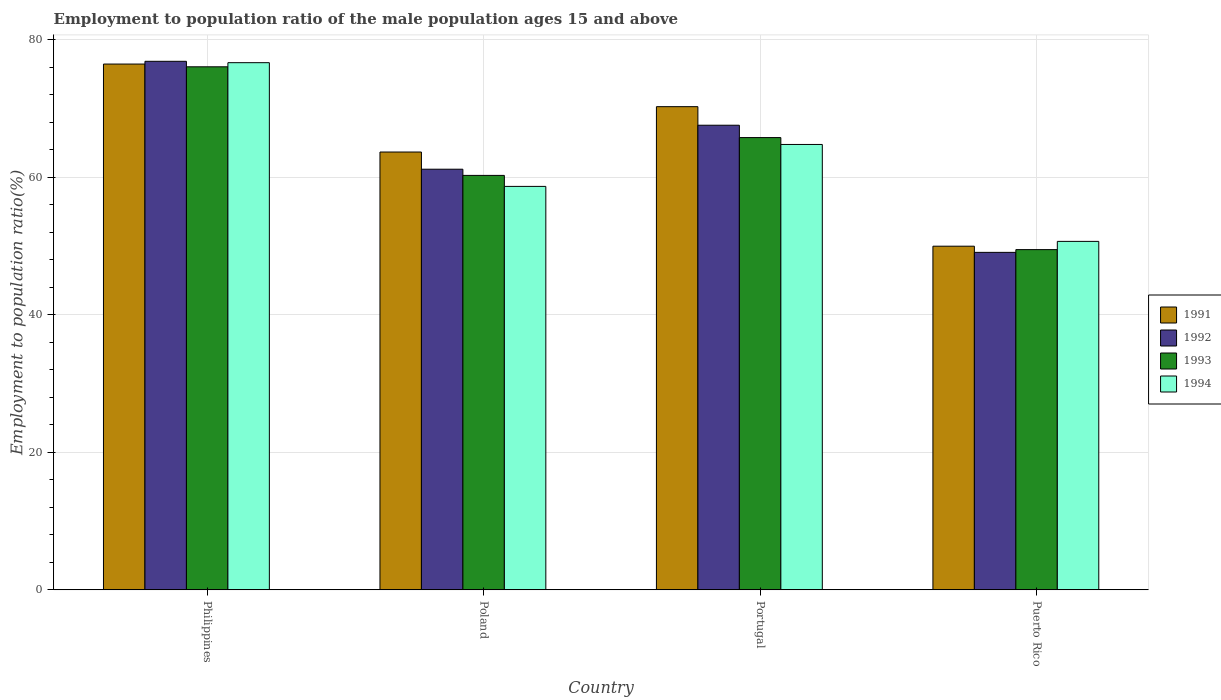
| Country | 1991 | 1992 | 1993 | 1994 |
 | --- | --- | --- | --- | --- |
 | Philippines | 76.5 | 76.9 | 76.1 | 76.7 |
 | Poland | 63.7 | 61.2 | 60.3 | 58.7 |
 | Portugal | 70.3 | 67.6 | 65.8 | 64.8 |
 | Puerto Rico | 50 | 49.1 | 49.5 | 50.7 |